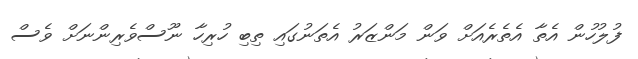
ފުލުހުން އެތާ އެތެރެއަށް ވަން މަންޒަރު އެތަނުގައި ތިބި ހުރިހާ ނޫސްވެރިންނަށް ވެސް